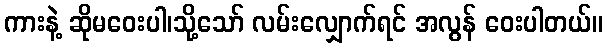
ကားနဲ့ ဆိုမဝေးပါ၊သို့သော် လမ်းလျှောက်ရင် အလွန် ဝေးပါတယ်။